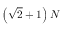
\left( \sqrt { 2 } + 1 \right) N